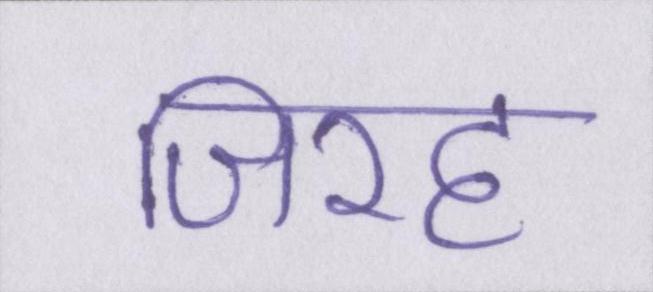
जिरह